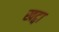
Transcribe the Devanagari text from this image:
खट्वा